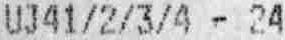
UJ41/2/3/4 - 24